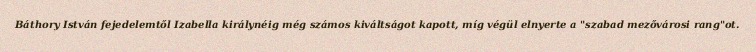
Báthory István fejedelemtől Izabella királynéig még számos kiváltságot kapott, míg végül elnyerte a "szabad mezővárosi rang"ot.